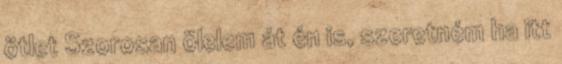
ötlet Szorosan ölelem át én is, szeretném ha itt